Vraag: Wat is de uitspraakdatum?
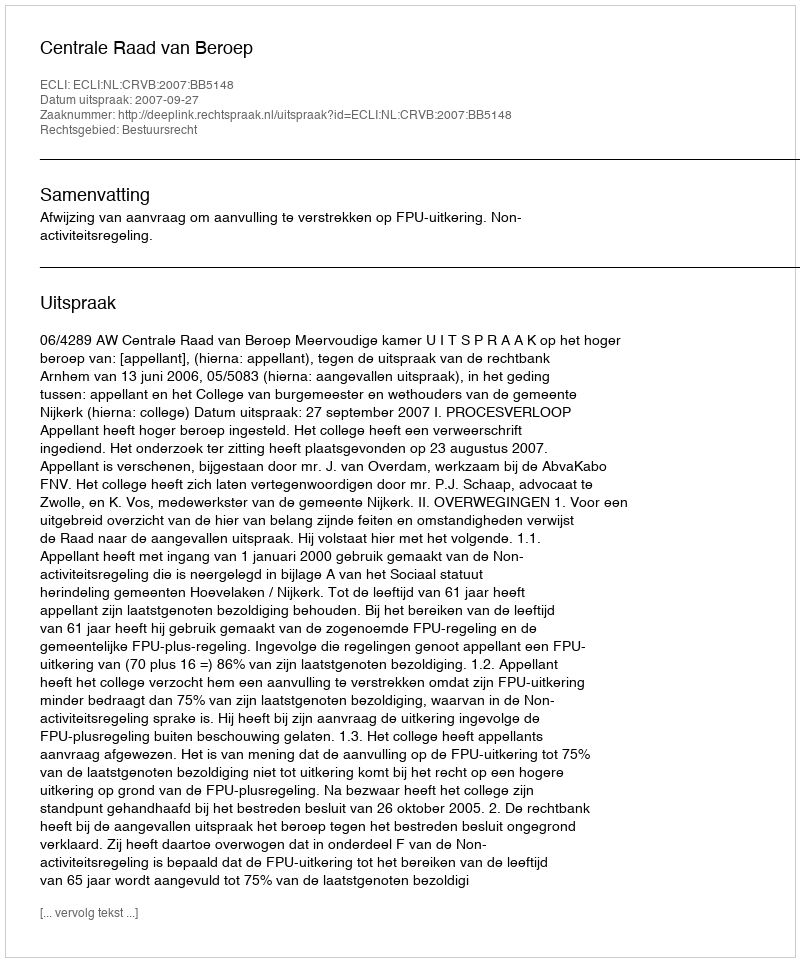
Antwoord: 2007-09-27